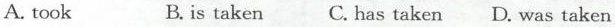
A.took B.is taken C. Has taken D.Was taken